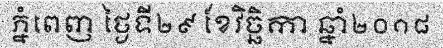
ភ្នំពេញ ថ្ងៃទី២៩ ខែវិច្ឆិកា ឆ្នាំ២០១៨